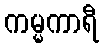
ကမ္မကာရီ